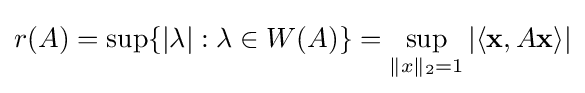
r(A)=\sup\{|\lambda |:\lambda \in W(A)\}=\sup _{\|x\|_{2}=1}|\langle \mathbf {x} ,A\mathbf {x} \rangle |